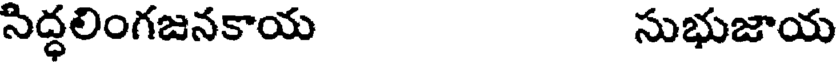
సిద్ధలింగజనకాయ సుభుజాయ